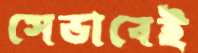
সেভাবেই